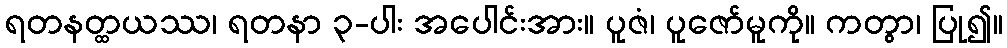
ရတနတ္ထယဿ၊ ရတနာ ၃-ပါး အပေါင်းအား။ ပူဇံ၊ ပူဇော်မူကို။ ကတွာ၊ ပြု၍။